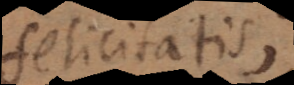
felicitatis;